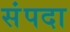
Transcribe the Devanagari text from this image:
संंपदा